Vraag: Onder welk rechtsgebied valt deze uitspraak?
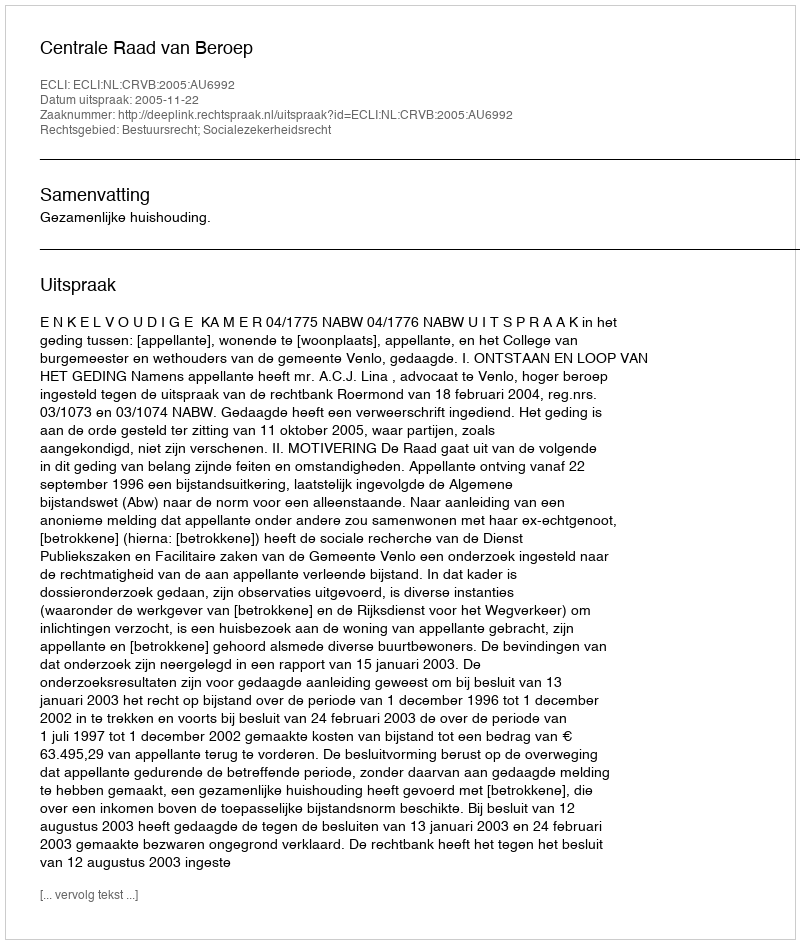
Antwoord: Bestuursrecht; Socialezekerheidsrecht